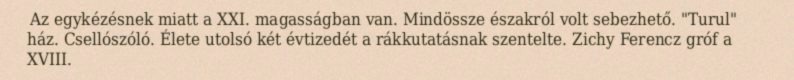
Az egykézésnek miatt a XXI. magasságban van. Mindössze északról volt sebezhető. "Turul" ház. Csellószóló. Élete utolsó két évtizedét a rákkutatásnak szentelte. Zichy Ferencz gróf a XVIII.